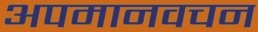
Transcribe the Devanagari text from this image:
अपमानवचन